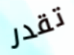
تقدر